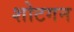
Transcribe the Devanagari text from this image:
शोटगन